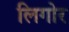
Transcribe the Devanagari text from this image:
लिगोर